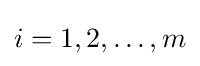
i=1,2,\dots ,m